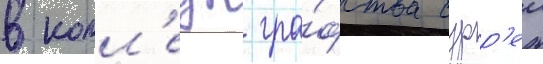
в колл'едж гра́фства сурр'еи